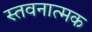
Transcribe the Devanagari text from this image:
स्तवनात्मक